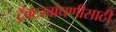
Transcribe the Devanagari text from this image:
ट्रॅक्टरबांधणीसाठी